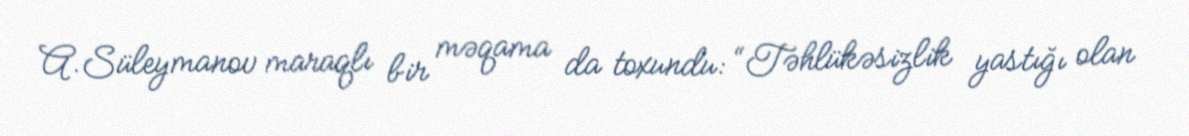
A.Süleymanov maraqlı bir məqama da toxundu: “Təhlükəsizlik yastığı olan